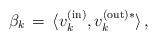
LaTeX: \begin{align*}\beta_k \, = \, \langle v_k^{\rm (in)}, v_k^{\rm (out)*}\rangle \, ,\end{align*}